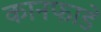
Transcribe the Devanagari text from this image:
कानफाडे